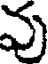
వు